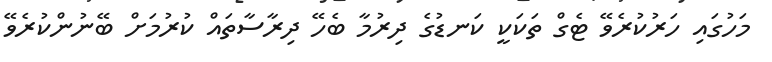
މަހުގައި ހަރުކުރެވޭ ޓެގް ތަކަކީ ކަނޑުގެ ދިރުމާ ބެހޭ ދިރާސާތައް ކުރުމަށް ބޭނުންކުރެވޭ